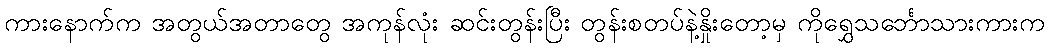
ကားနောက်က အတွယ်အတာတွေ အကုန်လုံး ဆင်းတွန်းပြီး တွန်းစတပ်နဲ့နှိုးတော့မှ ကိုရွှေသင်္ဘောသားကားက